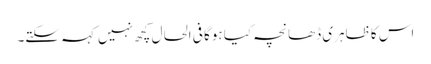
اس کا ظاہری ڈھانچہ کیا ہوگا فی الحال کچھ نہیں کہہ سکتے۔